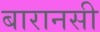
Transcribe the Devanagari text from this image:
बारानसी